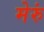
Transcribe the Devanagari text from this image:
मेरुं